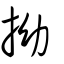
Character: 拗